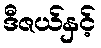
ဒီဇယ်နှင့်